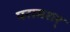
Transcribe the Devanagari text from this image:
परामशर्